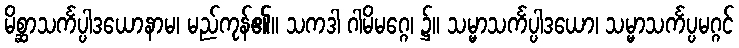
မိစ္ဆာသင်္ကပ္ပါဒယောနာမ၊ မည်ကုန်၏။ သကဒါ ဂါမိမဂ္ဂေ၊ ၌။ သမ္မာသင်္ကပ္ပါဒယော၊ သမ္မာသင်္ကပ္ပမဂ္ဂင်